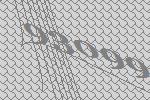
93099